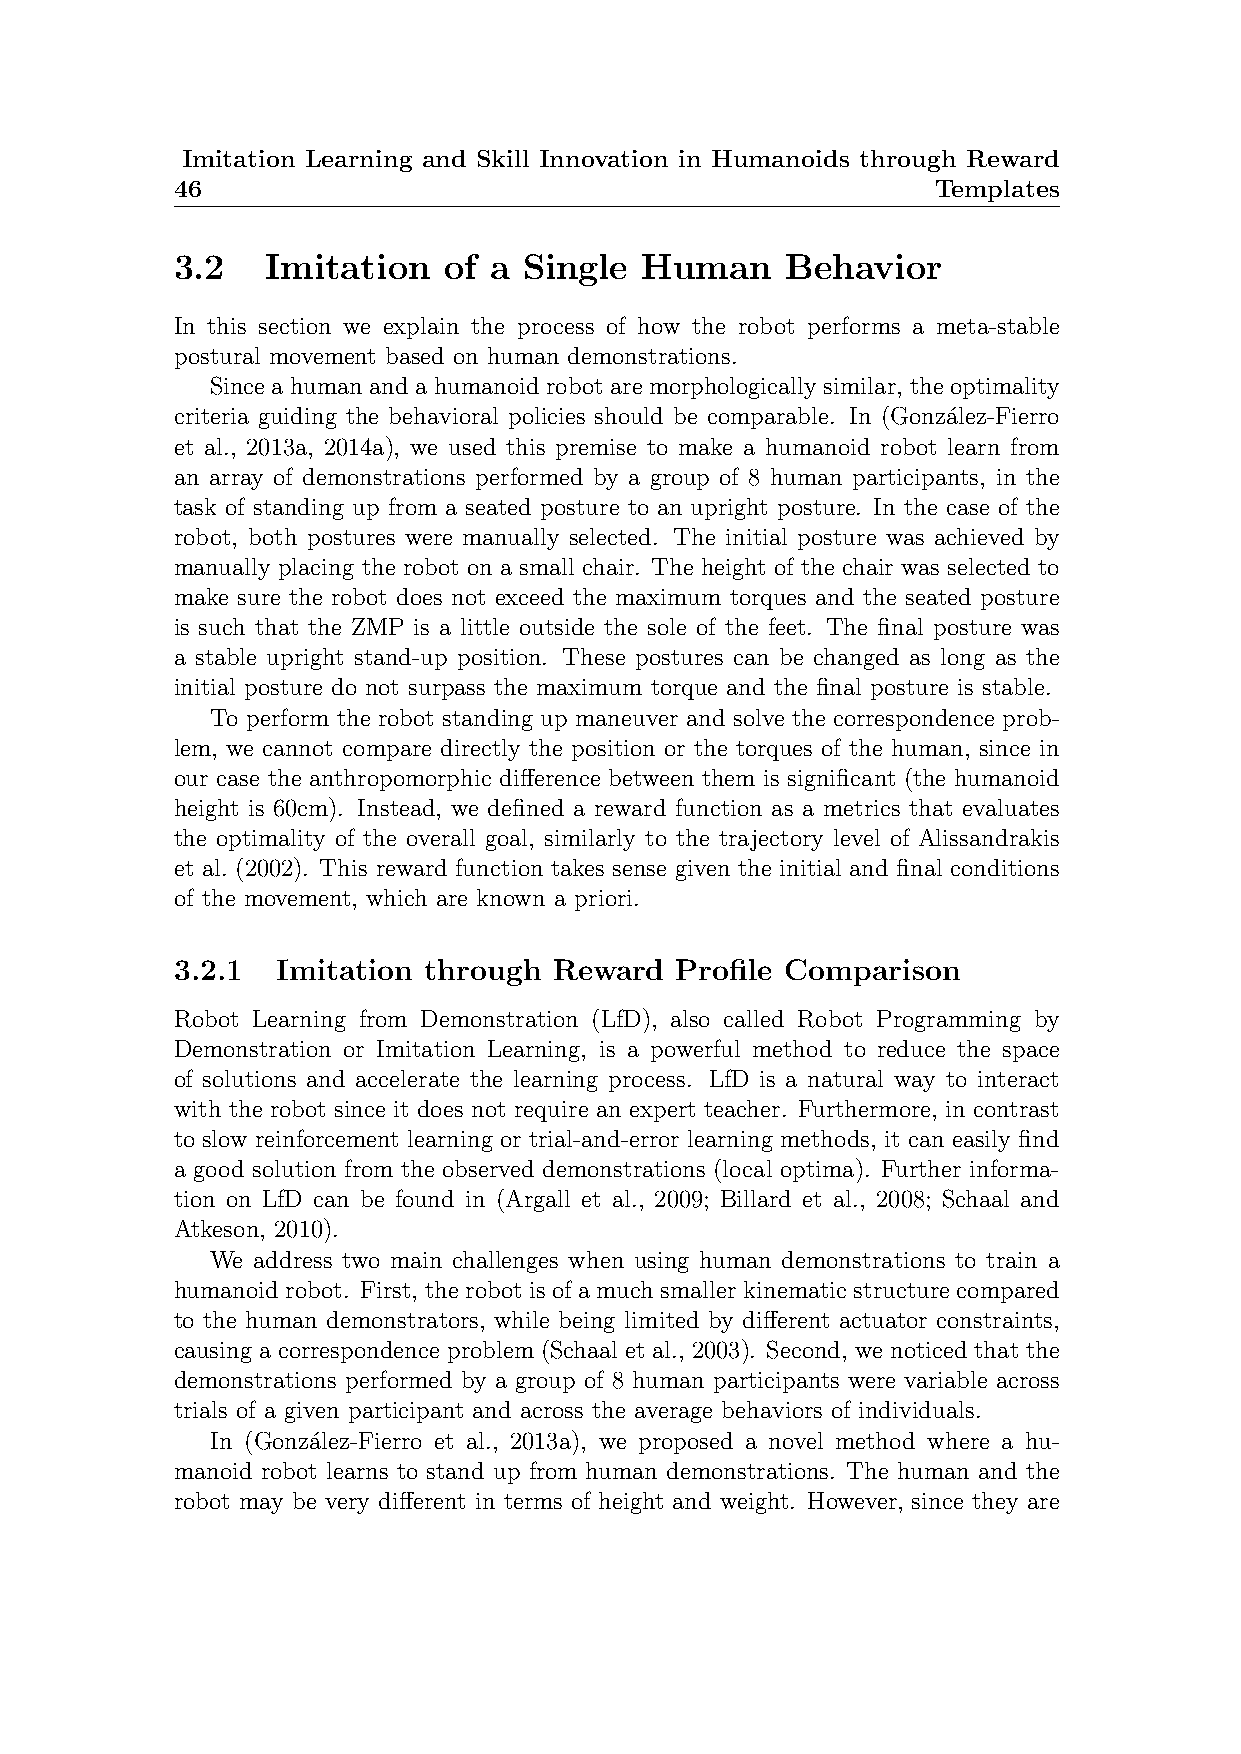
Imitation Learning and Skill Innovation in Humanoids through Reward
 46                                                 Templates
 3.2    Imitation  of a  Single  Human    Behavior
 In this section we explain the process of how the robot performs a meta-stable
 postural movement based on human demonstrations.
 Since a human and a humanoid robot are morphologically similar, the optimality
 criteria guiding the behavioral policies should be comparable. In (Gonza´lez-Fierro
 et al., 2013a, 2014a), we used this premise to make a humanoid robot learn from
 an array of demonstrations performed by a group of 8 human participants, in the
 task of standing up from a seated posture to an upright posture. In the case of the
 robot, both postures were manually selected. The initial posture was achieved by
 manually placing the robot on a small chair. The height of the chair was selected to
 make sure the robot does not exceed the maximum torques and the seated posture
 is such that the ZMP is a little outside the sole of the feet. The final posture was
 a stable upright stand-up position. These postures can be changed as long as the
 initial posture do not surpass the maximum torque and the final posture is stable.
 To perform the robot standing up maneuver and solve the correspondence prob-
 lem, we cannot compare directly the position or the torques of the human, since in
 our case the anthropomorphic difference between them is significant (the humanoid
 height is 60cm). Instead, we defined a reward function as a metrics that evaluates
 the optimality of the overall goal, similarly to the trajectory level of Alissandrakis
 et al. (2002). This reward function takes sense given the initial and final conditions
 of the movement, which are known a priori.
 3.2.1  Imitation through  Reward  Profile Comparison
 Robot Learning from Demonstration (LfD), also called Robot Programming by
 Demonstration or Imitation Learning, is a powerful method to reduce the space
 of solutions and accelerate the learning process. LfD is a natural way to interact
 with the robot since it does not require an expert teacher. Furthermore, in contrast
 to slow reinforcement learning or trial-and-error learning methods, it can easily find
 a good solution from the observed demonstrations (local optima). Further informa-
 tion on LfD can be found in (Argall et al., 2009; Billard et al., 2008; Schaal and
 Atkeson, 2010).
 We address two main challenges when using human demonstrations to train a
 humanoid robot. First, the robot is of a much smaller kinematic structure compared
 to the human demonstrators, while being limited by different actuator constraints,
 causing a correspondence problem (Schaal et al., 2003). Second, we noticed that the
 demonstrations performed by a group of 8 human participants were variable across
 trials of a given participant and across the average behaviors of individuals.
 In (Gonza´lez-Fierro et al., 2013a), we proposed a novel method where a hu-
 manoid robot learns to stand up from human demonstrations. The human and the
 robot may be very different in terms of height and weight. However, since they are